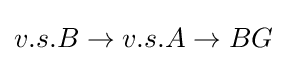
v.s.B\to v.s.A\to BG